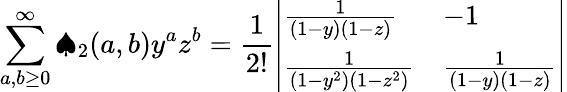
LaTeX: \sum_{a,b\geq 0}^{\infty}\spadesuit_{2}(a,b)y^{a}z^{b}=\frac{1}{2!}\left|\begin{array}{ll}{\frac{1}{\left(1-y\right)\left(1-z\right)}}&{-1}\\ {\frac{1}{\left(1-y^{2}\right)\left(1-z^{2}\right)}}&{\frac{1}{\left(1-y\right)\left(1-z\right)}}\end{array}\right|